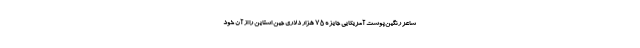
شاعر رنگین‌پوست آمریکایی جایزه ۷۵ هزار دلاری جین استاین را از آن خود